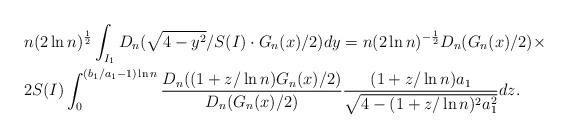
LaTeX: \begin{align*}&n(2\ln n)^{\frac{1}{2}}\int_{I_1}D_n(\sqrt{4-y^2}/S(I) \cdot G_n(x)/2)dy=n(2\ln n)^{-\frac{1}{2}}D_n(G_n(x)/2)\times\\ &2S(I)\int_{0}^{(b_1/a_1-1)\ln n}\frac{D_n((1+z/\ln n) G_n(x)/2)}{D_n(G_n(x)/2)}\frac{(1+z/\ln n)a_1}{\sqrt{4-(1+z/\ln n)^2a_1^2}}dz.\end{align*}